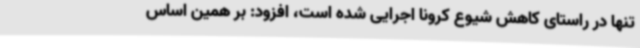
تنها در راستای کاهش شیوع کرونا اجرایی شده است، افزود: بر همین اساس